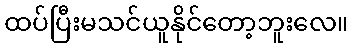
ထပ်ပြီးမသင်ယူနိုင်တော့ဘူးလေ။